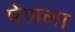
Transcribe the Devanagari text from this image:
पेणला